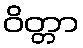
ဝိတ္တာ